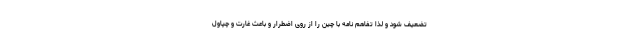
تضعیف شود و لذا تفاهم نامه با چین را از روی اضطرار و باعث غارت و چپاول